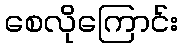
စေလိုကြောင်း